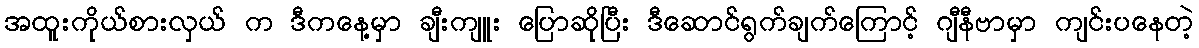
အထူးကိုယ်စားလှယ် က ဒီကနေ့မှာ ချီးကျူး ပြောဆိုပြီး ဒီဆောင်ရွက်ချက်ကြောင့် ဂျီနီဗာမှာ ကျင်းပနေတဲ့